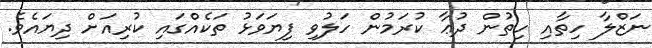
ނަޒްލާ ހިތާއި ހިތުން ދުޢާ ކުރަމުން ހަލުވި ފިޔަވަޅު ތަކެއްގައި ކުރިއަށް ދިޔައެވެ.